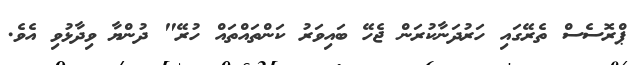
ޕްރޮސެސް ތެރޭގައި ހަރުދަނާކުރަން ޖެހޭ ބައިވަރު ކަންތައްތައް ހުރޭ" ދުންޔާ ވިދާޅުވި އެވެ.